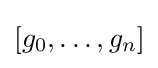
[g_{0},\ldots ,g_{n}]